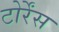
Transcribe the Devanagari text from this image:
टोर्रेंस